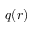
q ( r )